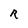
Character: R